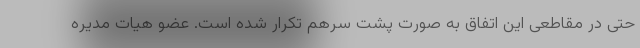
حتی در مقاطعی این اتفاق به صورت پشت سرهم تکرار شده است. عضو هیات مدیره